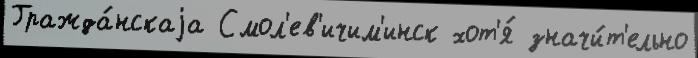
Гражда́нскаjа Смол'ев'ичим'инск хот'я́ значи́т'ельно